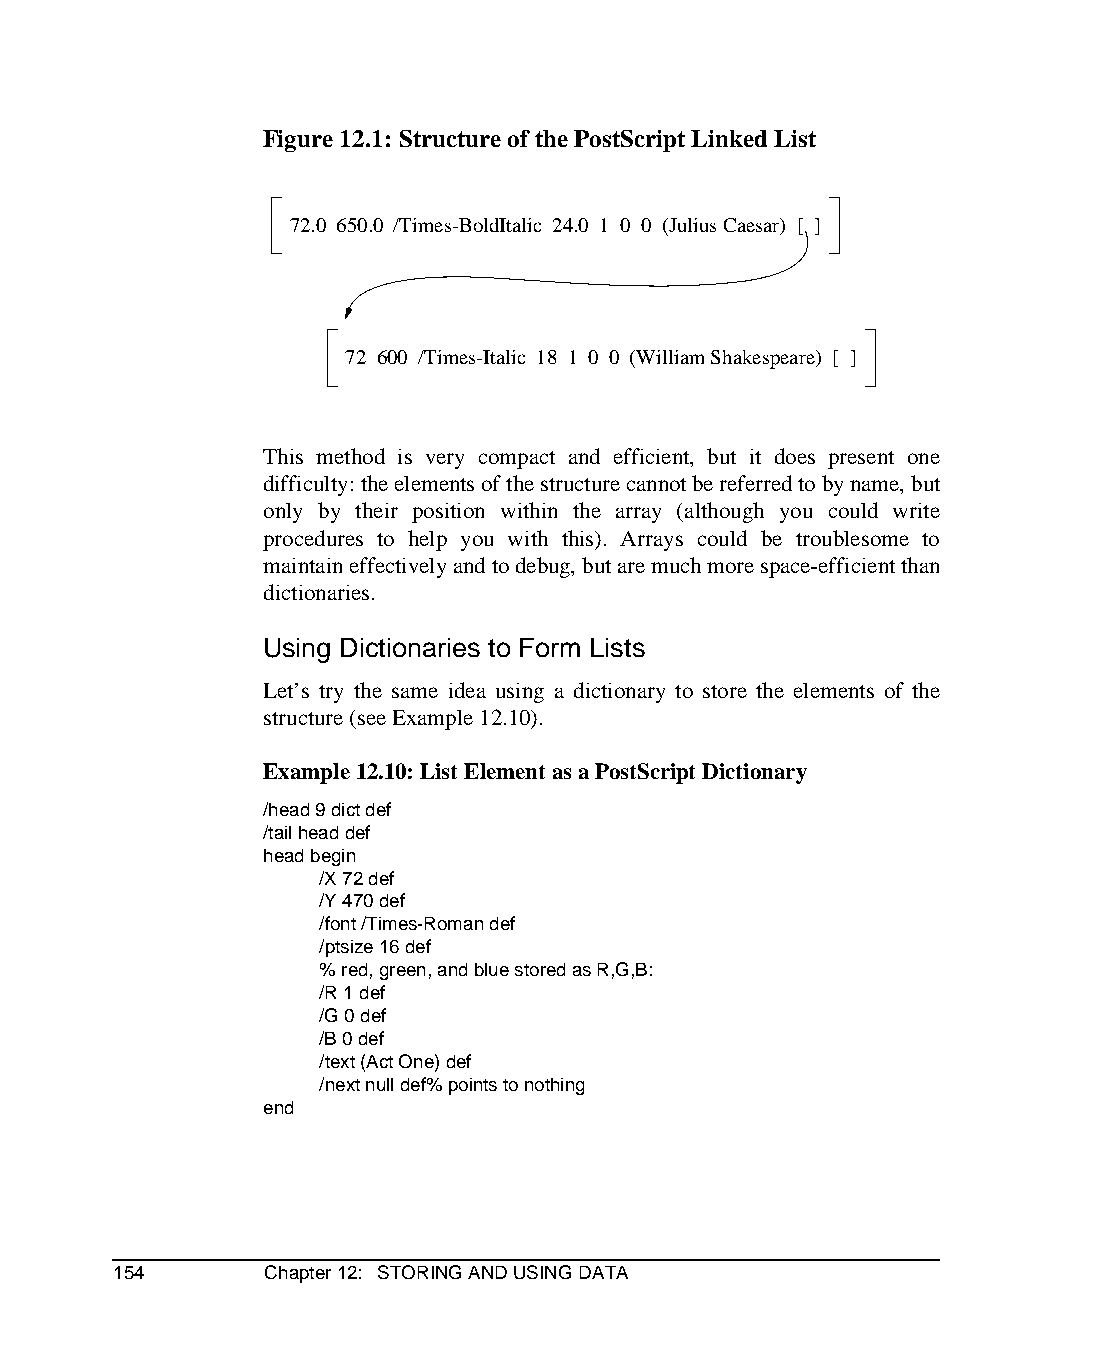
Figure 12.1: Structure of the PostScript Linked List
 72.0 650.0 /Times-BoldItalic 24.0 1 0 0 (Julius Caesar) [ ]
 72 600 /Times-Italic 18 1 0 0 (William Shakespeare) [ ]
 This method is very compact and efficient, but it does present one
 difficulty: the elements of the structure cannot be referred to by name, but
 only by their position within the array (although you could write
 procedures to help you with this). Arrays could be troublesome to
 maintain effectively and to debug, but are much more space-efficient than
 dictionaries.
 Using Dictionaries to Form Lists
 Let’s try the same idea using a dictionary to store the elements of the
 structure (see Example 12.10).
 Example 12.10: List Element as a PostScript Dictionary
 /head 9 dict def
 /tail head def
 head begin
 /X 72 def
 /Y 470 def
 /font /Times-Roman def
 /ptsize 16 def
 % red, green, and blue stored as R,G,B:
 /R 1 def
 /G 0 def
 /B 0 def
 /text (Act One) def
 /next null def% points to nothing
 end
 154       Chapter 12: STORING AND USING DATA